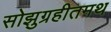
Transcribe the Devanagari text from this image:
सोझुग्रहीतमथ